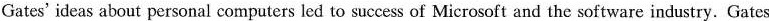
Gates'ideas about personal computers led to success of Microsoft and the software industry. Gates